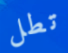
تطل